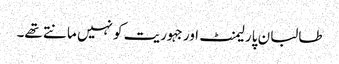
طالبان پارلیمنٹ اور جہوریت کو نہیں مانتے تھے۔